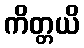
ကိတ္တယိ